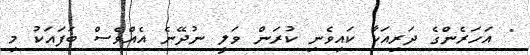
" އަހަރެންގެ ދަރިއަކާ ކައިވެނި ކުރަން ވަލީ ނުދޭނެ އެއްވެސް ބަފައަކު މި